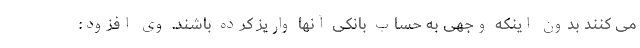
می کنند بدون اینکه وجهی به حساب بانکی آنها واریز کرده باشند. وی افزود: